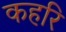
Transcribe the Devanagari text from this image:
कहरि